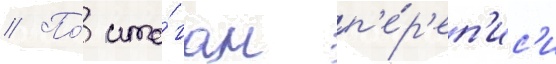
// По́ ито́гам п'е́р'еп'ис'и